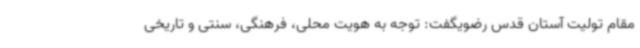
مقام تولیت آستان قدس رضویگفت: توجه به هویت محلی، فرهنگی، سنتی و تاریخی